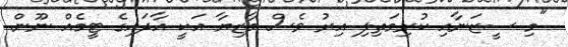
"މި ސީޒަނާއި ކުރިމަތިލި އިރު ވެސް މާޒިޔާ އަކީ އާދައިގެ ޓީމެއް ނޫން.